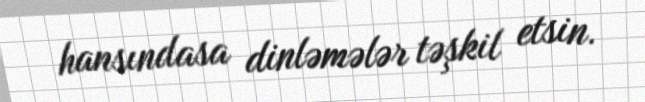
hansındasa dinləmələr təşkil etsin.